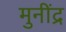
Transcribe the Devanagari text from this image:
मुनींद्र